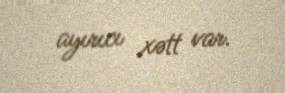
ayırıcı xətt var.